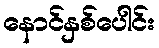
နောင်နှစ်ပေါင်း